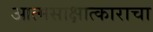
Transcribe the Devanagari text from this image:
आत्मसाक्षात्काराचा